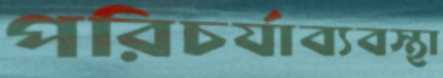
পরিচর্যাব্যবস্থা